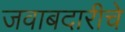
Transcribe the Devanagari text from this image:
जवाबदारीचे